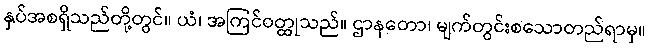
နှပ်အစရှိသည်တို့တွင်။ ယံ၊ အကြင်ဝတ္ထုသည်။ ဌာနတော၊ မျက်တွင်းစသောတည်ရာမှ။